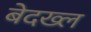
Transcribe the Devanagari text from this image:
बेदख्ल